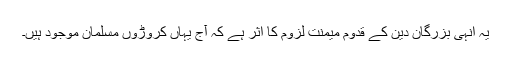
یہ انہی بزرگانِ دین کے قُدوم میمنت لزوم کا اثر ہے کہ آج یہاں کروڑوں مسلمان موجود ہیں۔